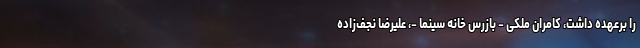
را برعهده داشت، کامران ملکی - بازرس خانه سینما -، علیرضا نجف‌زاده